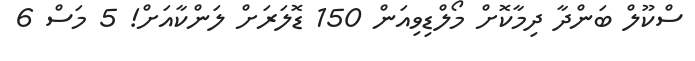
ސްކޫލް ބަންދާ ދިމާކޮށް މޯލްޑިވިއަން 150 ޑޮލަަރަށް ލަންކާއަށް! 5 މަސް 6